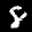
Label: 8